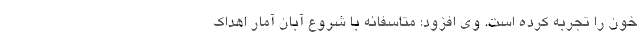
خون را تجربه کرده است. وی افزود: متاسفانه با شروع آبان آمار اهداک